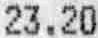
23.20